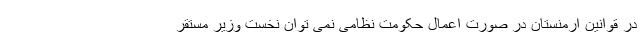
در قوانین ارمنستان در صورت اعمال حکومت نظامی نمی توان نخست وزیر مستقر